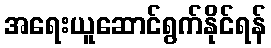
အရေးယူဆောင်ရွက်နိုင်ရန်